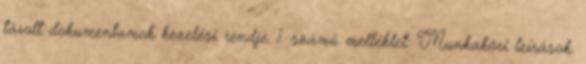
tárolt dokumentumok kezelési rendje. 1. számú melléklet: Munkaköri leírások.